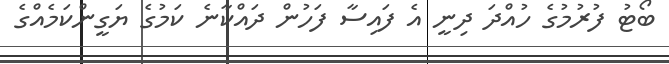
ބޯޓު ފުރުމުގެ ހުއްދަ ދިނީ އެ ފައިސާ ފަހުން ދައްކާނެ ކަމުގެ ޔަގީންކަމެއްގެ